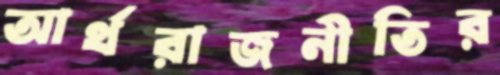
আর্থরাজনীতির